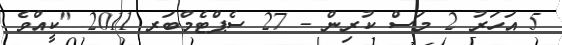
5 އަހަރު 2 މަސް ކުރިން - 27 ސެޕްޓެމްބަރ 2011 "ކީއްވެ